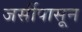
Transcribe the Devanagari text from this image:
जर्सीपासून